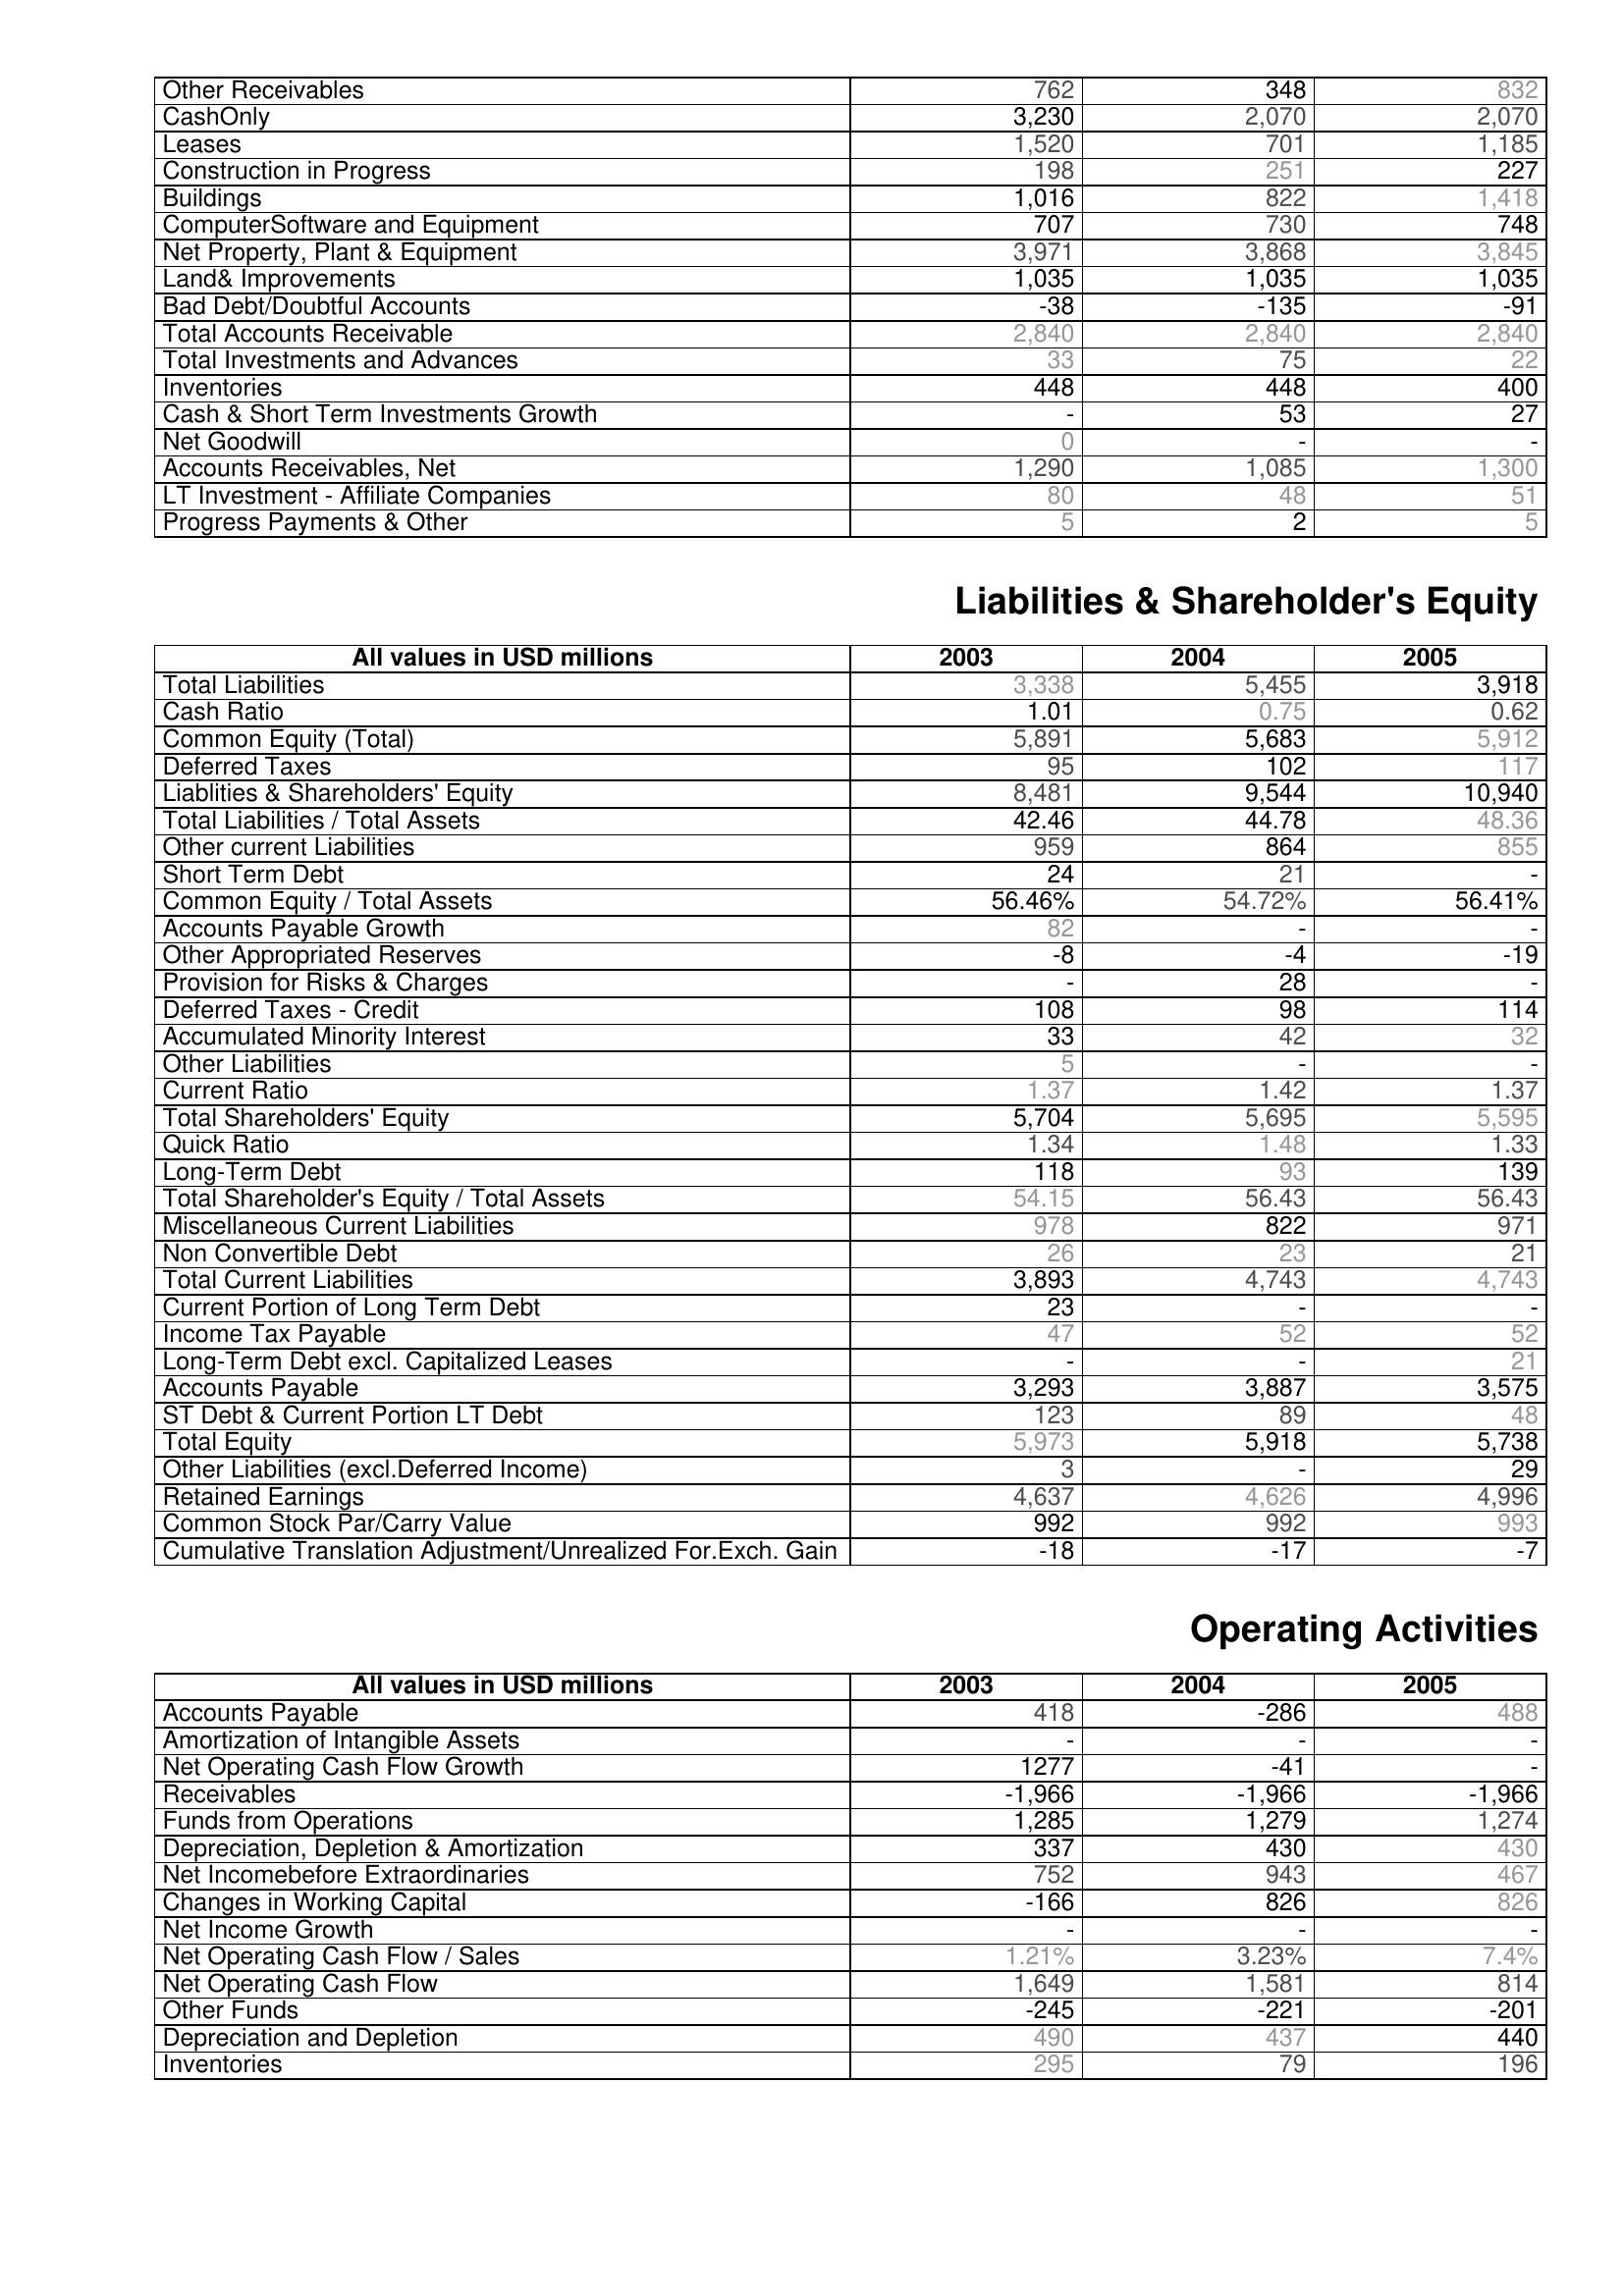
2003: Assets: Other Receivables: 762
CashOnly: 3,230
Leases: 1,520
Construction in Progress: 198
Buildings: 1,016
ComputerSoftware and Equipment: 707
Net Property, Plant & Equipment: 3,971
Land& Improvements: 1,035
Bad Debt/Doubtful Accounts: -38
Total Accounts Receivable: 2,840
Total Investments and Advances: 33
Inventories: 448
Cash & Short Term Investments Growth: -
Net Goodwill: 0
Accounts Receivables, Net: 1,290
LT Investment - Affiliate Companies: 80
Progress Payments & Other: 5
Liabilities & Shareholder's Equity: Total Liabilities: 3,338
Cash Ratio: 1.01
Common Equity (Total): 5,891
Deferred Taxes: 95
Liablities & Shareholders' Equity: 8,481
Total Liabilities / Total Assets: 42.46
Other current Liabilities: 959
Short Term Debt: 24
Common Equity / Total Assets: 56.46%
Accounts Payable Growth: 82
Other Appropriated Reserves: -8
Provision for Risks & Charges: -
Deferred Taxes - Credit: 108
Accumulated Minority Interest: 33
Other Liabilities: 5
Current Ratio: 1.37
Total Shareholders' Equity: 5,704
Quick Ratio: 1.34
Long-Term Debt: 118
Total Shareholder's Equity / Total Assets: 54.15
Miscellaneous Current Liabilities: 978
Non Convertible Debt: 26
Total Current Liabilities: 3,893
Current Portion of Long Term Debt: 23
Income Tax Payable: 47
Long-Term Debt excl. Capitalized Leases: -
Accounts Payable: 3,293
ST Debt & Current Portion LT Debt: 123
Total Equity: 5,973
Other Liabilities (excl.Deferred Income): 3
Retained Earnings: 4,637
Common Stock Par/Carry Value: 992
Cumulative Translation Adjustment/Unrealized For.Exch. Gain: -18
Operating Activities: Accounts Payable: 418
Amortization of Intangible Assets: -
Net Operating Cash Flow Growth: 1277
Receivables: -1,966
Funds from Operations: 1,285
Depreciation, Depletion & Amortization: 337
Net Incomebefore Extraordinaries: 752
Changes in Working Capital: -166
Net Income Growth: -
Net Operating Cash Flow / Sales: 1.21%
Net Operating Cash Flow: 1,649
Other Funds: -245
Depreciation and Depletion: 490
Inventories: 295
2004: Assets: Other Receivables: 348
CashOnly: 2,070
Leases: 701
Construction in Progress: 251
Buildings: 822
ComputerSoftware and Equipment: 730
Net Property, Plant & Equipment: 3,868
Land& Improvements: 1,035
Bad Debt/Doubtful Accounts: -135
Total Accounts Receivable: 2,840
Total Investments and Advances: 75
Inventories: 448
Cash & Short Term Investments Growth: 53
Net Goodwill: -
Accounts Receivables, Net: 1,085
LT Investment - Affiliate Companies: 48
Progress Payments & Other: 2
Liabilities & Shareholder's Equity: Total Liabilities: 5,455
Cash Ratio: 0.75
Common Equity (Total): 5,683
Deferred Taxes: 102
Liablities & Shareholders' Equity: 9,544
Total Liabilities / Total Assets: 44.78
Other current Liabilities: 864
Short Term Debt: 21
Common Equity / Total Assets: 54.72%
Accounts Payable Growth: -
Other Appropriated Reserves: -4
Provision for Risks & Charges: 28
Deferred Taxes - Credit: 98
Accumulated Minority Interest: 42
Other Liabilities: -
Current Ratio: 1.42
Total Shareholders' Equity: 5,695
Quick Ratio: 1.48
Long-Term Debt: 93
Total Shareholder's Equity / Total Assets: 56.43
Miscellaneous Current Liabilities: 822
Non Convertible Debt: 23
Total Current Liabilities: 4,743
Current Portion of Long Term Debt: -
Income Tax Payable: 52
Long-Term Debt excl. Capitalized Leases: -
Accounts Payable: 3,887
ST Debt & Current Portion LT Debt: 89
Total Equity: 5,918
Other Liabilities (excl.Deferred Income): -
Retained Earnings: 4,626
Common Stock Par/Carry Value: 992
Cumulative Translation Adjustment/Unrealized For.Exch. Gain: -17
Operating Activities: Accounts Payable: -286
Amortization of Intangible Assets: -
Net Operating Cash Flow Growth: -41
Receivables: -1,966
Funds from Operations: 1,279
Depreciation, Depletion & Amortization: 430
Net Incomebefore Extraordinaries: 943
Changes in Working Capital: 826
Net Income Growth: -
Net Operating Cash Flow / Sales: 3.23%
Net Operating Cash Flow: 1,581
Other Funds: -221
Depreciation and Depletion: 437
Inventories: 79
2005: Assets: Other Receivables: 832
CashOnly: 2,070
Leases: 1,185
Construction in Progress: 227
Buildings: 1,418
ComputerSoftware and Equipment: 748
Net Property, Plant & Equipment: 3,845
Land& Improvements: 1,035
Bad Debt/Doubtful Accounts: -91
Total Accounts Receivable: 2,840
Total Investments and Advances: 22
Inventories: 400
Cash & Short Term Investments Growth: 27
Net Goodwill: -
Accounts Receivables, Net: 1,300
LT Investment - Affiliate Companies: 51
Progress Payments & Other: 5
Liabilities & Shareholder's Equity: Total Liabilities: 3,918
Cash Ratio: 0.62
Common Equity (Total): 5,912
Deferred Taxes: 117
Liablities & Shareholders' Equity: 10,940
Total Liabilities / Total Assets: 48.36
Other current Liabilities: 855
Short Term Debt: -
Common Equity / Total Assets: 56.41%
Accounts Payable Growth: -
Other Appropriated Reserves: -19
Provision for Risks & Charges: -
Deferred Taxes - Credit: 114
Accumulated Minority Interest: 32
Other Liabilities: -
Current Ratio: 1.37
Total Shareholders' Equity: 5,595
Quick Ratio: 1.33
Long-Term Debt: 139
Total Shareholder's Equity / Total Assets: 56.43
Miscellaneous Current Liabilities: 971
Non Convertible Debt: 21
Total Current Liabilities: 4,743
Current Portion of Long Term Debt: -
Income Tax Payable: 52
Long-Term Debt excl. Capitalized Leases: 21
Accounts Payable: 3,575
ST Debt & Current Portion LT Debt: 48
Total Equity: 5,738
Other Liabilities (excl.Deferred Income): 29
Retained Earnings: 4,996
Common Stock Par/Carry Value: 993
Cumulative Translation Adjustment/Unrealized For.Exch. Gain: -7
Operating Activities: Accounts Payable: 488
Amortization of Intangible Assets: -
Net Operating Cash Flow Growth: -
Receivables: -1,966
Funds from Operations: 1,274
Depreciation, Depletion & Amortization: 430
Net Incomebefore Extraordinaries: 467
Changes in Working Capital: 826
Net Income Growth: -
Net Operating Cash Flow / Sales: 7.4%
Net Operating Cash Flow: 814
Other Funds: -201
Depreciation and Depletion: 440
Inventories: 196